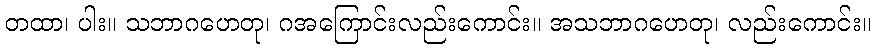
တထာ၊ ပါး။ သဘာဂဟေတု၊ ဂအကြောင်းလည်းကောင်း။ အသဘာဂဟေတု၊ လည်းကောင်း။